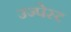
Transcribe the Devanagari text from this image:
उज्पेस्ट